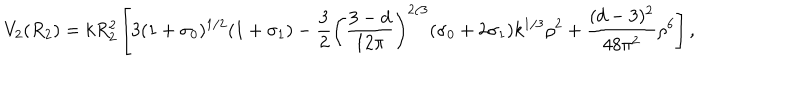
V _ { 2 } ( R _ { 2 } ) = k R _ { 2 } ^ { 2 } \left[ 3 ( 1 + \sigma _ { 0 } ) ^ { 1 / 2 } ( 1 + \sigma _ { 1 } ) - \frac { 3 } { 2 } \left( \frac { 3 - d } { 1 2 \pi } \right) ^ { 2 / 3 } ( \sigma _ { 0 } + 2 \sigma _ { 1 } ) k ^ { 1 / 3 } \rho ^ { 2 } + \frac { ( d - 3 ) ^ { 2 } } { 4 8 \pi ^ { 2 } } \rho ^ { 6 } \right] ,